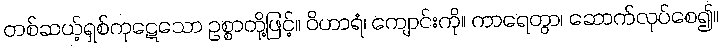
တစ်ဆယ့်ရှစ်ကုဋေသော ဥစ္စာတို့ဖြင့်။ ဝိဟာရံ၊ ကျောင်းကို။ ကာရေတွာ၊ ဆောက်လုပ်စေ၍။